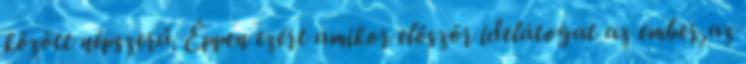
között népszerű. Éppen ezért amikor először idelátogat az ember,az